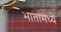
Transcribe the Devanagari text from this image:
भातामध्ये